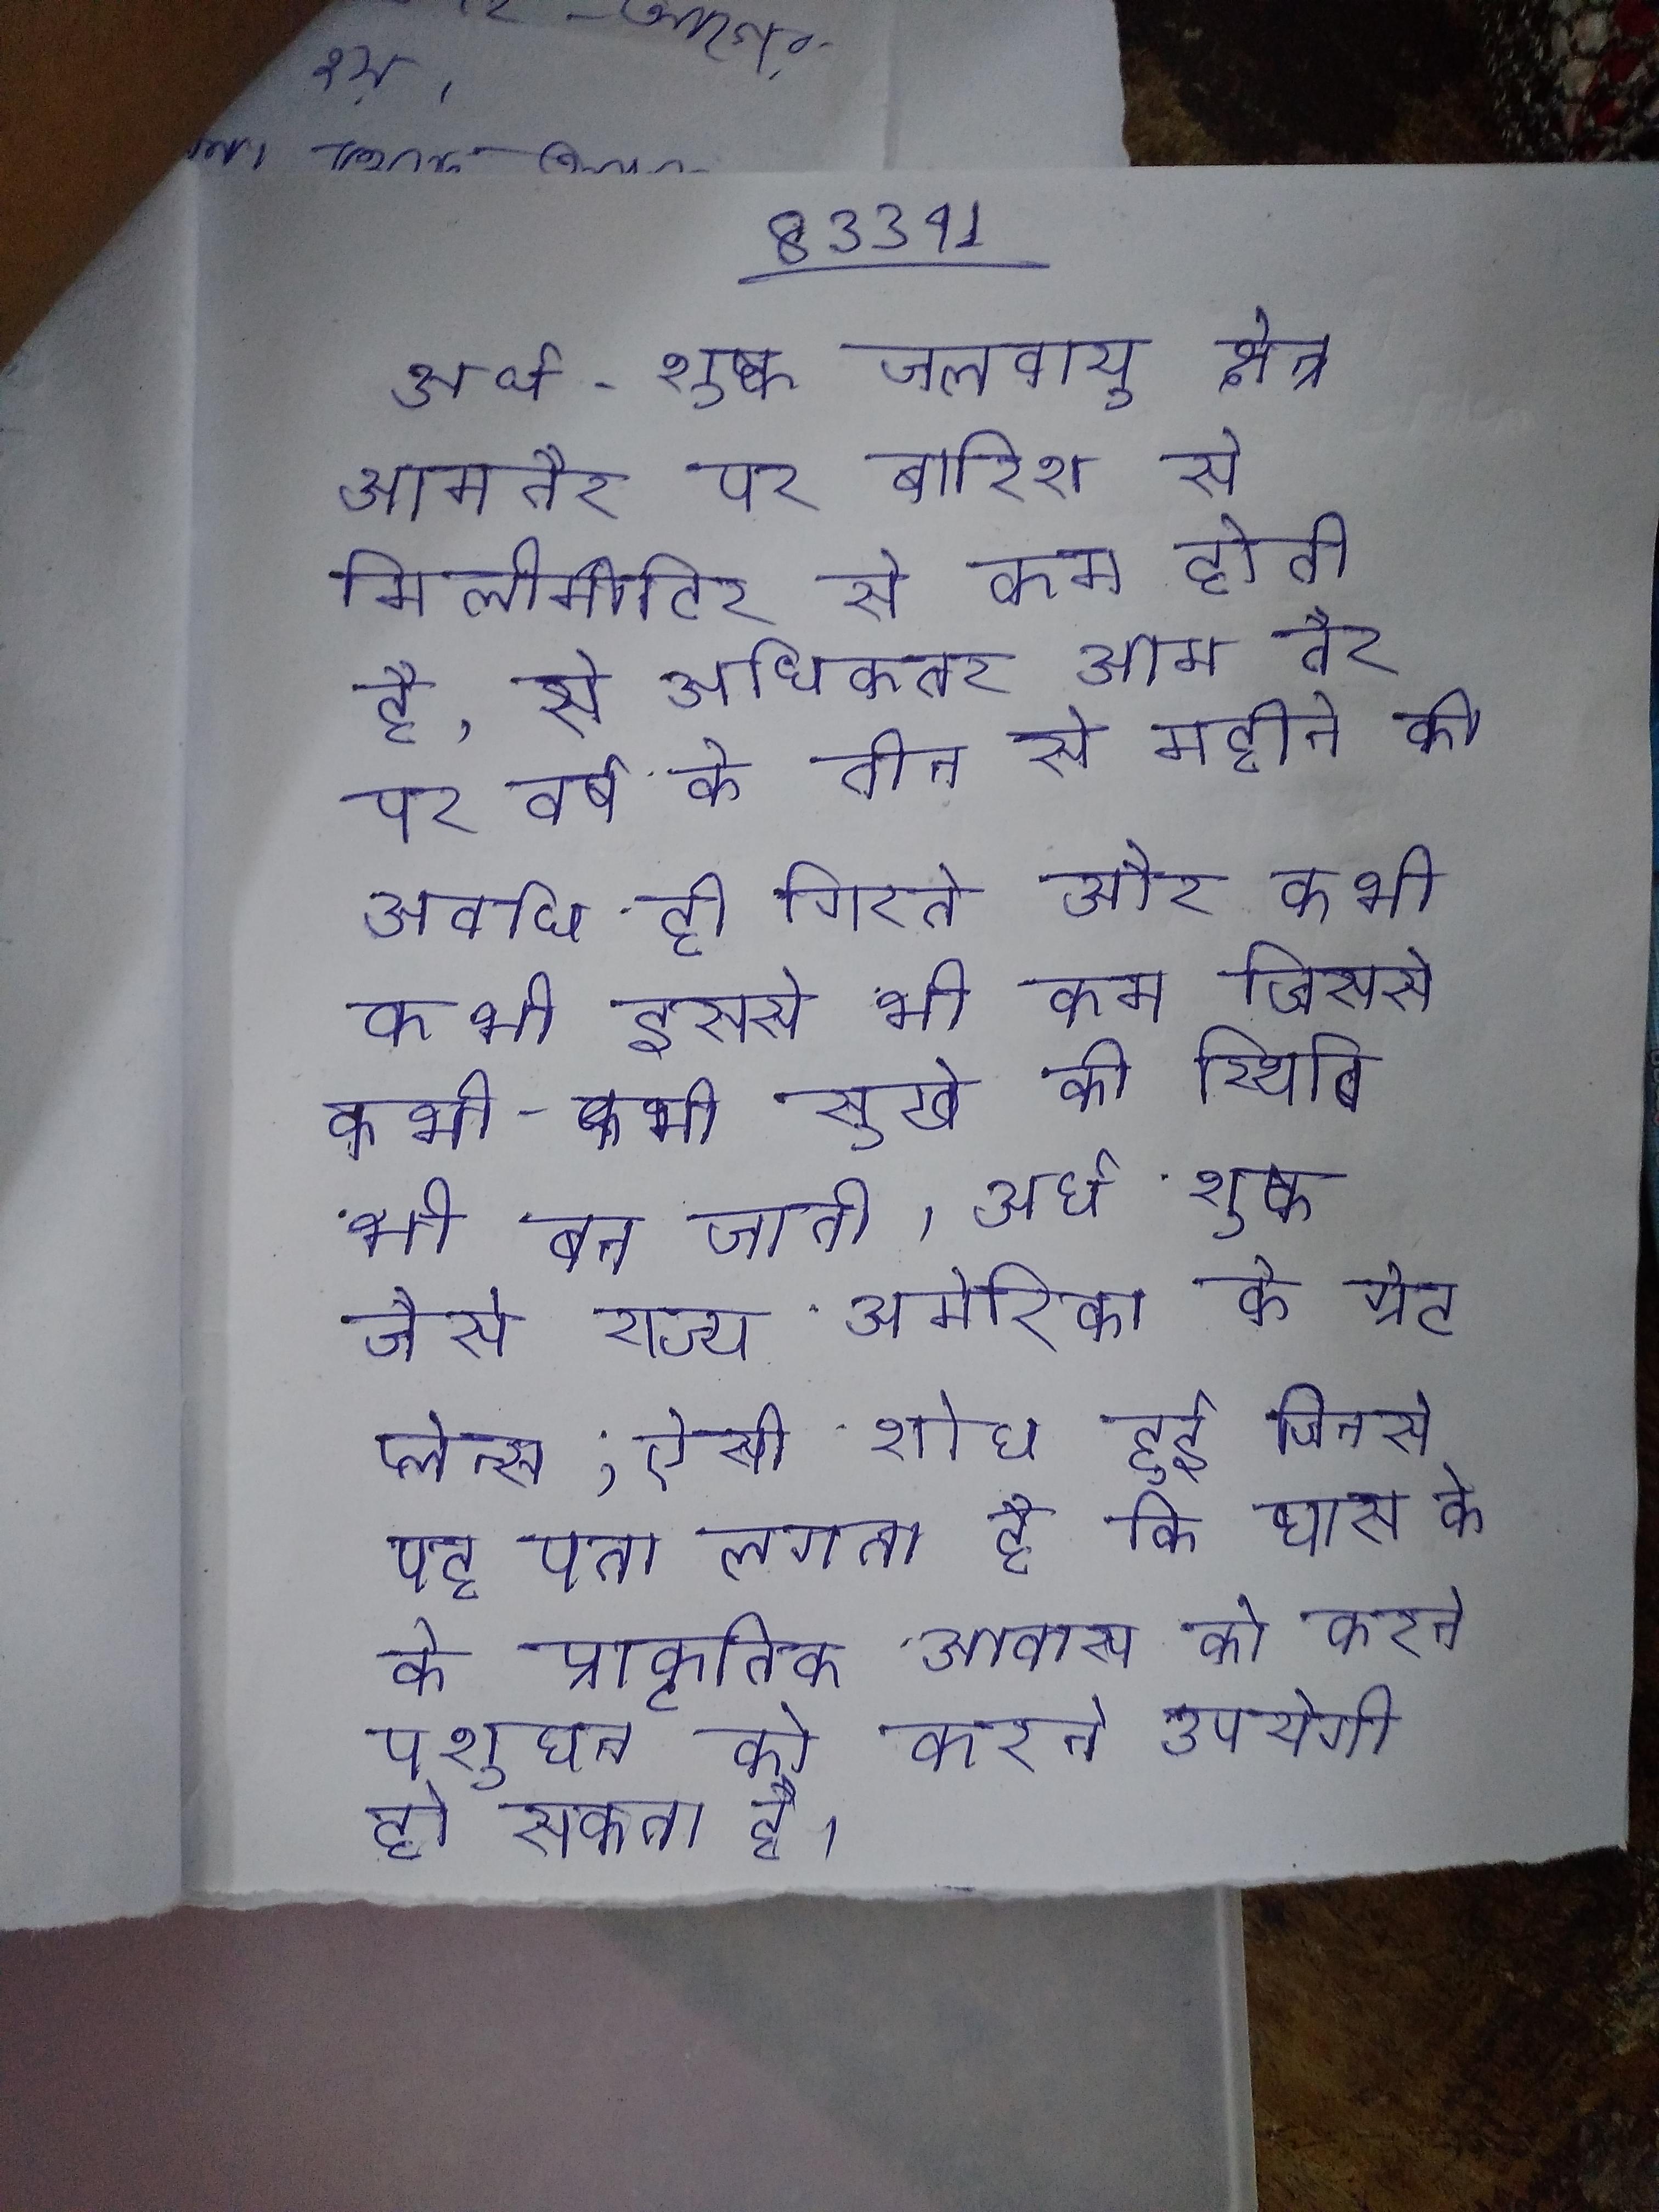
अर्ध-शुष्क जलवायु क्षेत्र आमतौर पर बारिश से मिलीमीटर से कम होती है, से अधिकतर आम तौर पर वर्ष के तीन से महीने की अवधि ही गिरते और कभी-कभी इससे भी कम जिससे कभी-कभी सूखे की स्थिति भी बन जाती । अर्ध शुष्क जैसे राज्य अमेरिका के ग्रेट प्लेन्स, ऐसी शोध हुई जिनसे यह पता लगता है कि घास के के प्राकृतिक आवास को करने पशुधन उपयोगी हो सकता है ।